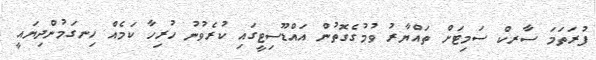
ފުރަތަމަ ސާރކް ސަމިޓަށް ތައްޔާރު ވުމުގެގޮތުން އައްޑޫސިޓީގައި ކުރެވުނު ހުރިހާ ކަމެއް ހިނގަމުންދިޔައީ